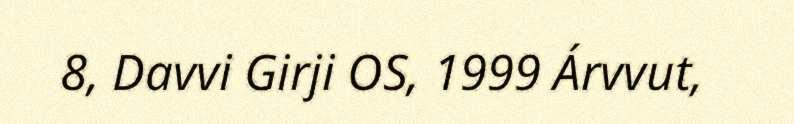
8, Davvi Girji OS, 1999 Árvvut,